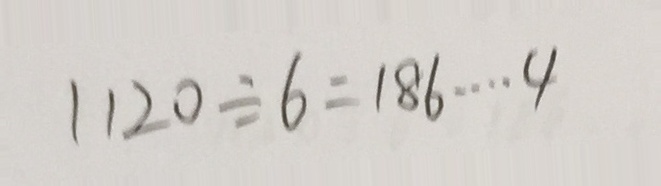
1 1 2 0 \div 6 = 1 8 6 \cdots 4